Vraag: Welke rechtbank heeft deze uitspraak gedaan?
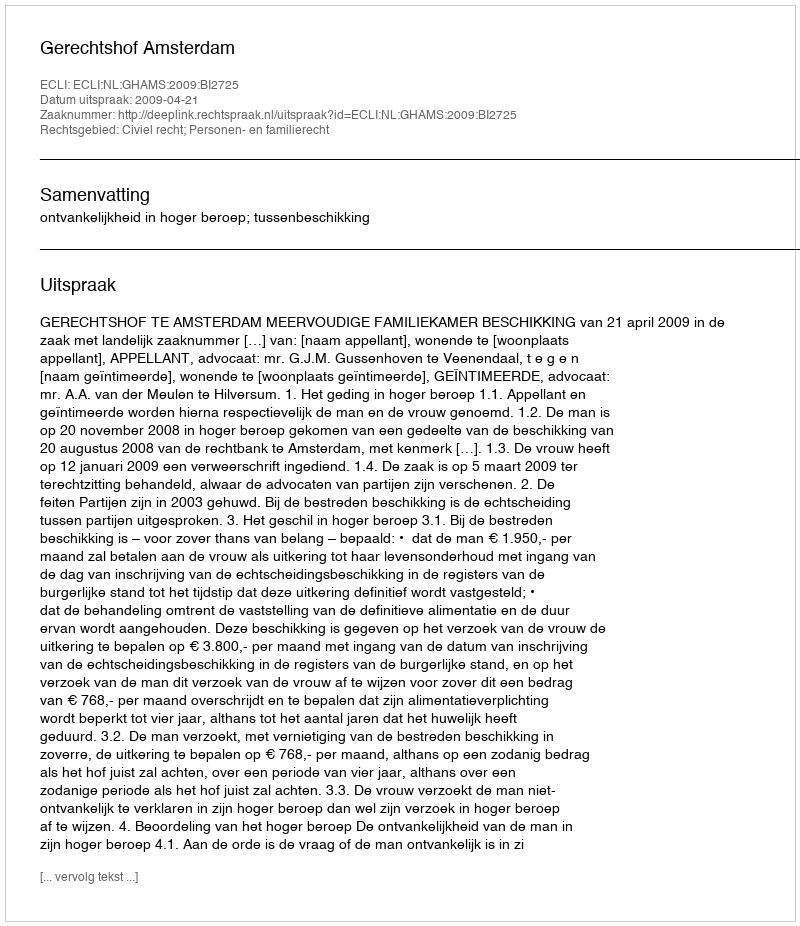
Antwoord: Gerechtshof Amsterdam